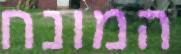
המונח